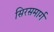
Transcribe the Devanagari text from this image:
सिरसमार्ग